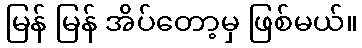
မြန် မြန် အိပ်တော့မှ ဖြစ်မယ်။